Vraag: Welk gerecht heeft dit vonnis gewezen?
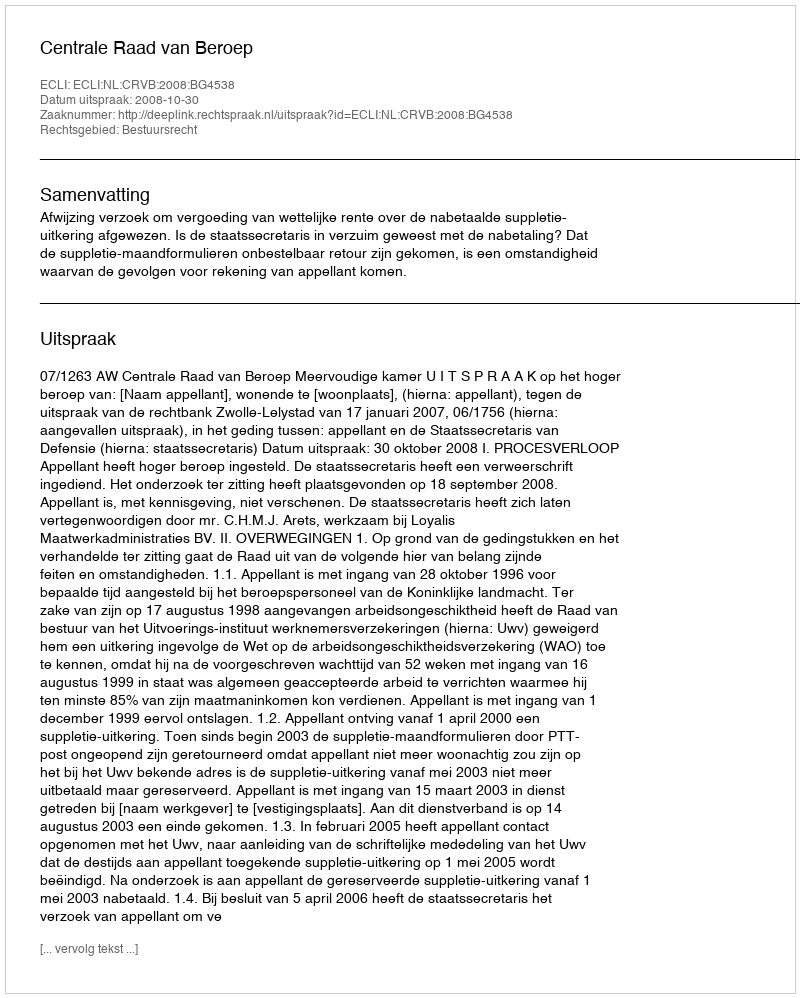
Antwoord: Centrale Raad van Beroep